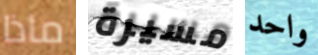
ماذا مسيرة واحد